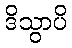
ဒိသွာပိ